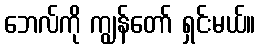
ဘေလ်ကို ကျွန်တော် ရှင်းမယ်။